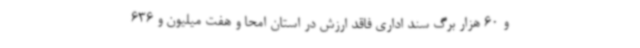
و 60 هزار برگ سند اداری فاقد ارزش در استان امحا و هفت میلیون و 636